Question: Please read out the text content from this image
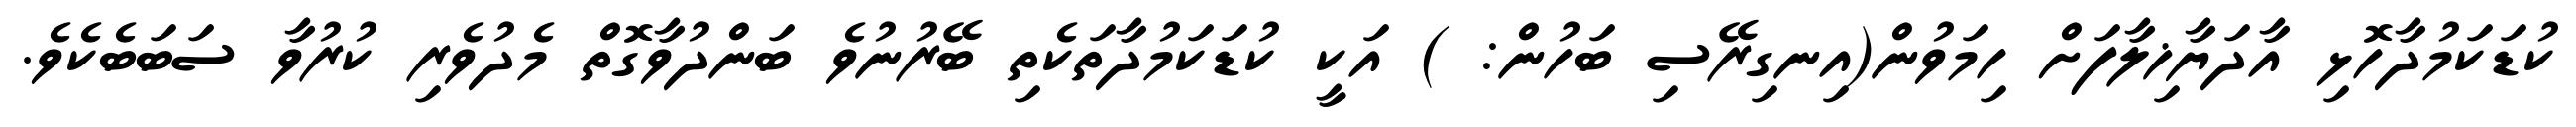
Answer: ކުޑަކަމުދާހޮޅި އާދަޔާޚިލާފަށް ހިމަވުން(އިނގިރޭސި ބަހުން: ) އަކީ ކުޑަކަމުދާތަކެތި ބޭރުނުވެ ބަންދުވާގޮތް މެދުވެރި ކުރުވާ ސަބަބެކެވެ.